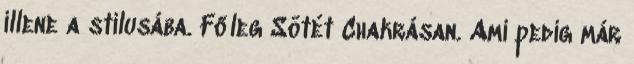
illene a stílusába. Főleg Sötét Chakrásan. Ami pedig már